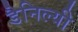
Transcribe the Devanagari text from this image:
डैनिल्यी